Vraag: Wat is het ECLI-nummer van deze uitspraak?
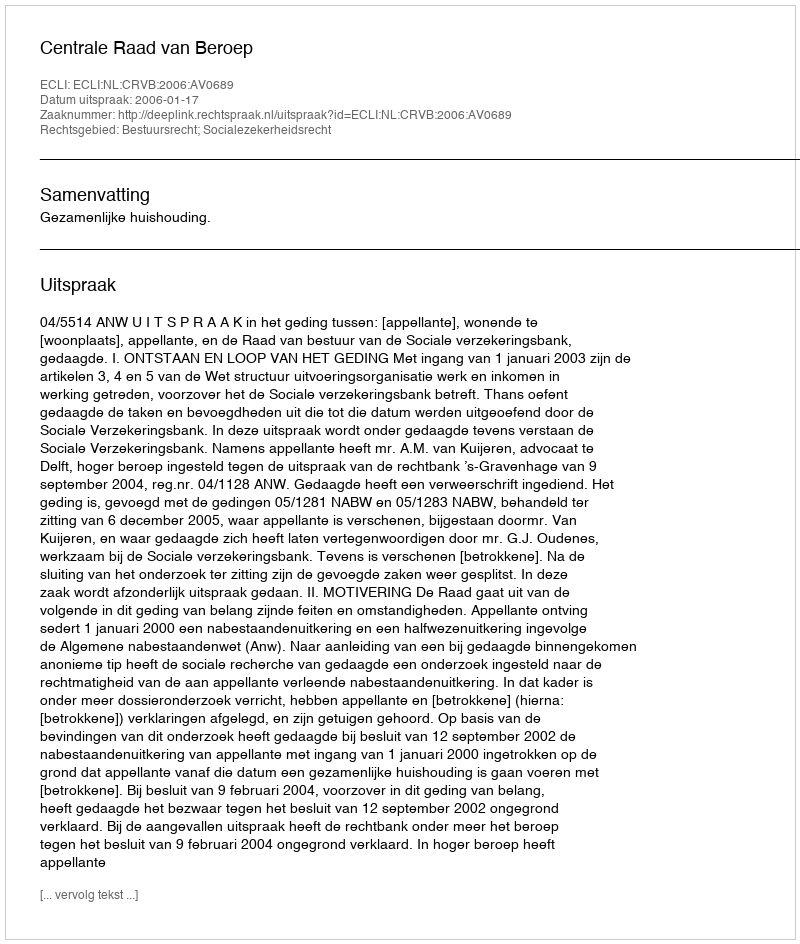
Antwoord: ECLI:NL:CRVB:2006:AV0689